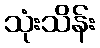
သုံးသိန်း